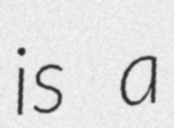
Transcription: is a